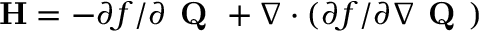
\mathbf { H } = - \partial f / \partial \textbf { Q } + \boldsymbol { \nabla } \cdot ( \partial f / \partial \boldsymbol { \nabla } \textbf { Q } )